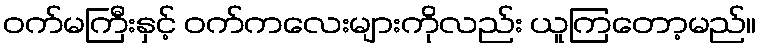
ဝက်မကြီးနှင့် ဝက်ကလေးများကိုလည်း ယူကြတော့မည်။